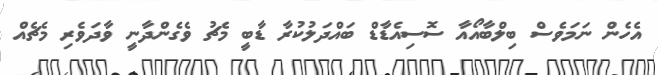
އެހެން ނަމަވެސް ބިލްބާއޯއާ ސޮސިއެޑާޑް ބައްދަލުކުރާ ޑާބީ މެޗު ވެގެންދާނީ ވާދަވެރި މެޗެއް